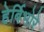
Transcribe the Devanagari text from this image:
हेर्बिभोरे